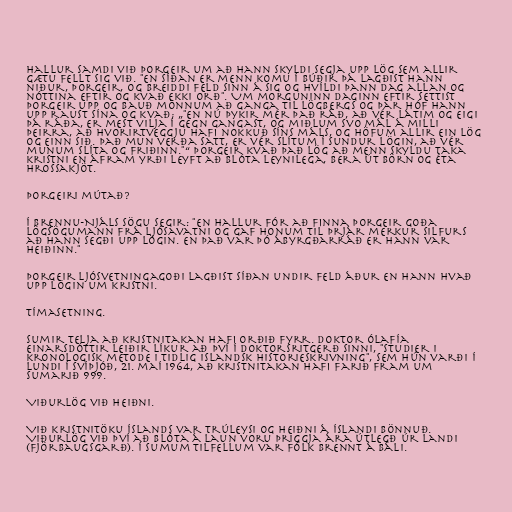
Hallur samdi við Þorgeir um að hann skyldi segja upp lög sem allir
gætu fellt sig við. "En síðan er menn komu í búðir þá lagðist hann
niður, Þorgeir, og breiddi feld sinn á sig og hvíldi þann dag allan og
nóttina eftir og kvað ekki orð". Um morguninn daginn eftir settist
Þorgeir upp og bauð mönnum að ganga til Lögbergs og þar hóf hann
upp raust sína og kvað; „"En nú þykir mér það ráð, að vér látim og eigi
þá ráða, er mest vilja í gegn gangast, og miðlum svo mál á milli
þeirra, að hvorirtveggju hafi nokkuð síns máls, og höfum allir ein lög
og einn sið. Það mun verða satt, er vér slítum í sundur lögin, að vér
munum slíta og friðinn."“ Þorgeir kvað það lög að menn skyldu taka
kristni en áfram yrði leyft að blóta leynilega, bera út börn og éta
hrossakjöt.

Þorgeiri mútað?

Í Brennu-Njáls sögu segir: "En Hallur fór að finna Þorgeir goða
lögsögumann frá Ljósavatni og gaf honum til þrjár merkur silfurs
að hann segði upp lögin. En það var þó ábyrgðarráð er hann var
heiðinn."

Þorgeir Ljósvetningagoði lagðist síðan undir feld áður en hann hvað
upp lögin um kristni.

Tímasetning.

Sumir telja að kristnitakan hafi orðið fyrr. Doktor Ólafía
Einarsdóttir leiðir líkur að því í doktorsritgerð sinni, "Studier i
kronologisk metode i tidlig islandsk historieskrivning", sem hún varði í
Lundi í Svíþjóð, 21. maí 1964, að kristnitakan hafi farið fram um
sumarið 999.

Viðurlög við heiðni.

Við kristnitöku Íslands var trúleysi og heiðni á Íslandi bönnuð.
Viðurlög við því að blóta á laun voru þriggja ára útlegð úr landi
(fjörbaugsgarð). Í sumum tilfellum var fólk brennt á báli.